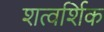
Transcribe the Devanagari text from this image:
शत्वर्शिक